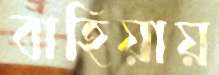
বাহিয়ায়